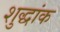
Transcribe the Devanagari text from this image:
शुद्धांक